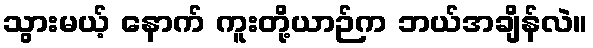
သွားမယ့် နောက် ကူးတို့ယာဉ်က ဘယ်အချိန်လဲ။